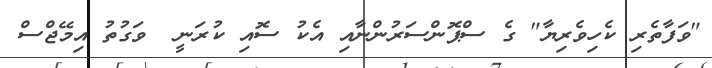
"ވަފާތެރި ކެހިވެރިޔާ" ގެ ސްޕޮންސަރުންނާއި އެކު ސޮއި ކުރަނީ  ވަގުތު އިމޭޖްސް